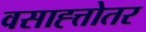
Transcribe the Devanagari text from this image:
वसाह्त्तोतर